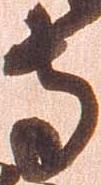
寺